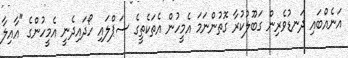
އަނެއްބައި ދަނޑުވެރިން ގަބޫލުކުރާ ގޮތުންނަމަ އެމީހުން އެތަކެތީގެ ސަޕްލައި ހޯދައިދެނީ އެމީހުންގެ "އާއިލާ